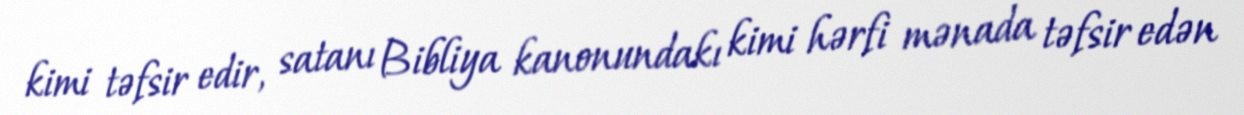
kimi təfsir edir, satanı Bibliya kanonundakı kimi hərfi mənada təfsir edən